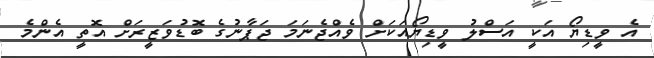
އެ ވީޑިޔޯ އަކީ އަސްލު ވީޑިޔޯއަކަށް ވެއްޖެނަމަ ޖަޕާނުގެ ބޮޑުވަޒީރަށް އޮތީ އެންމެ